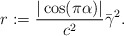
\begin{align*} \displaystyle r:=\frac{|\cos(\pi \alpha)|}{c^2}\bar \gamma^2.\end{align*}